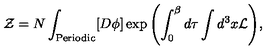
{ \cal Z } = N \int _ { \mathrm { \tiny P e r i o d i c } } [ D \phi ] \exp { \left( \int _ { 0 } ^ { \beta } d \tau \int d ^ { 3 } x { \cal L } \right) } ,